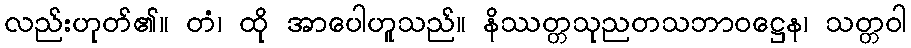
လည်းဟုတ်၏။ တံ၊ ထို အာပေါဟူသည်။ နိဿတ္တသုညတသဘာဝဋ္ဌေန၊ သတ္တဝါ